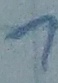
Text: 1